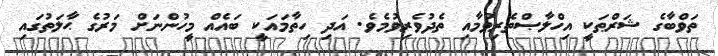
ތަވްބާގެ ޝަރްޠަކީ އިހްލާޞްތެރިވުމާއި ތެދުވެރިވުމެވެ. އަދި ހިތާމައަކީ ބައެއް މީހުންނަށް މަރުގެ ޙާލަތުގައި